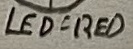
Text: LED-RED